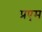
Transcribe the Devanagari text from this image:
प्रएम